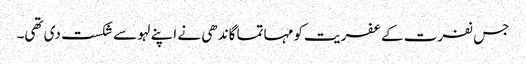
جس نفرت کے عفریت کو مہاتما گاندھی نے اپنے لہو سے شکست دی تھی۔